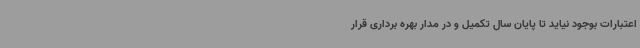
اعتبارات بوجود نیاید تا پایان سال تکمیل و در مدار بهره برداری قرار